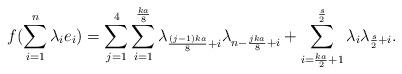
LaTeX: \begin{align*} f(\sum_{i=1}^n \lambda_i e_i)=\sum_{j=1}^4 \sum_{i=1}^\frac{ka}{8} \lambda_{\frac{(j-1)ka}{8}+i} \lambda_{n-\frac{jka}{8}+i}+\sum_{i=\frac{ka}{2}+1}^{\frac{s}{2}} \lambda_{i}\lambda_{\frac{s}{2}+i}.\end{align*}